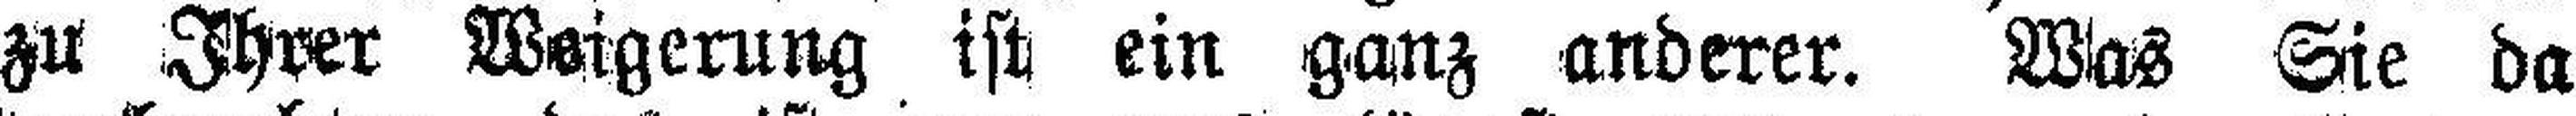
zu Ihrer Weigerung ist ein ganz anderer. Was Sie da